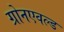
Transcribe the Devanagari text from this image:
ग्रोनएवल्ड